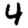
Digit: 4